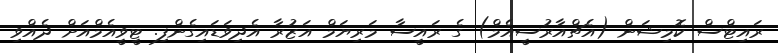
ރައިޓްސް ކޮމިޝަން (އެޗްއާރުސީއެމް) ގެ ރައީސާ މަރިޔަމް އަޒުރާ އެދިވަޑައިގެންފި. ޓީވީއެމްއަށް ދެއްވި